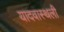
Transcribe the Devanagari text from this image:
यादवास्थली